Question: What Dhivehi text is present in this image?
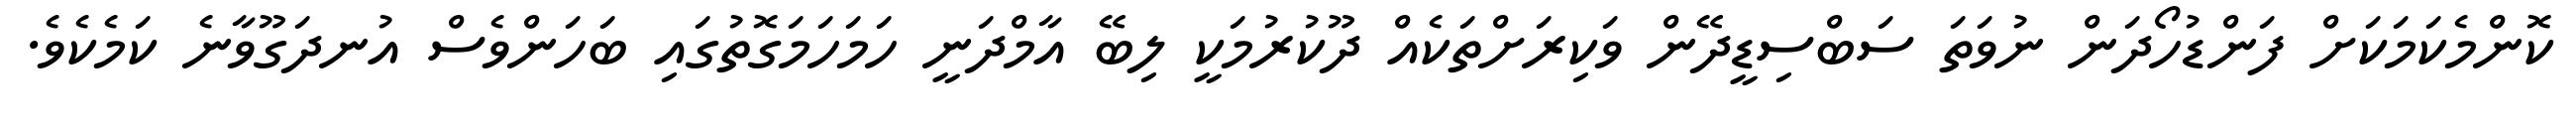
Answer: ކޮންމެކަމަކަށް ފަންޑުހޯދަން ނުވަތަ ސަބްސިޑީދޭން ވަކިރަށްތަކެއް ދޫކުރުމަކީ ލިބޭ އާމްދަނީ ހަމަހަމަގޮތުގައި ބަހަންވެސް އުނދަގޫވާނެ ކަމެކެވެ.